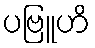
ပဗြူဟိ